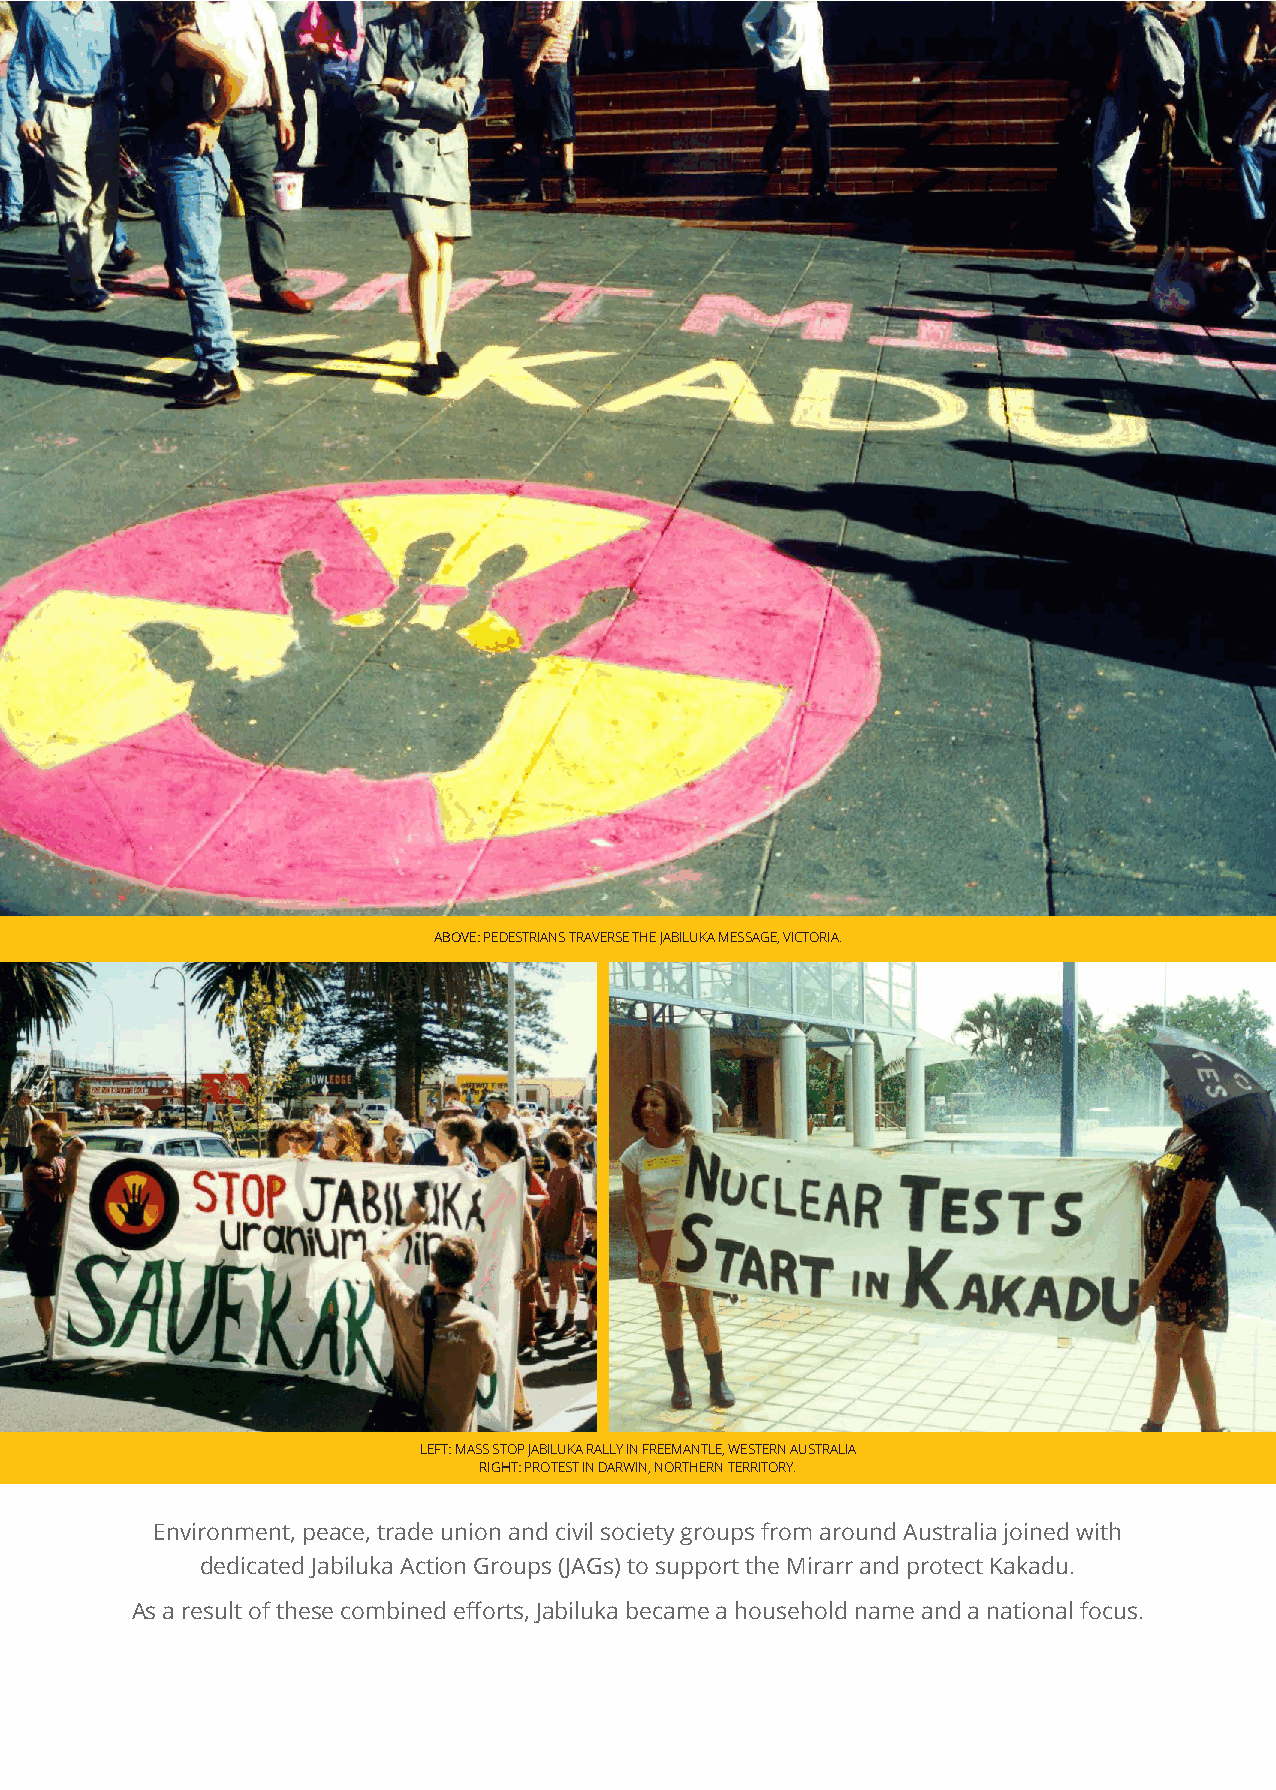
ABOVE: PEDESTRIANS TRAVERSE THE JABILUKA MESSAGE, VICTORIA.
 LEFT: MASS STOP JABILUKA RALLY IN FREEMANTLE, WESTERN AUSTRALIA
 RIGHT: PROTEST IN DARWIN, NORTHERN TERRITORY.
 Environment, peace, trade union and civil society groups from around Australia joined with
 dedicated Jabiluka Action Groups (JAGs) to support the Mirarr and protect Kakadu.
 As a result of these combined efforts, Jabiluka became a household name and a national focus.